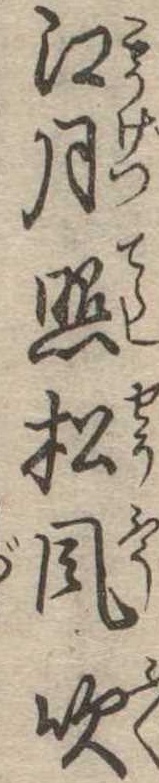
江月照松風吹